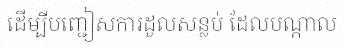
ដើម្បីបញ្ជៀសការដួលសន្លប់ ដែលបណ្តាល